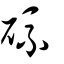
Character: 硫